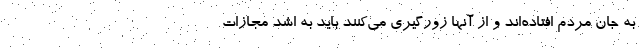
به جان مردم افتاده‌اند و از آنها زورگیری می‌کنند باید به اشد مجازات